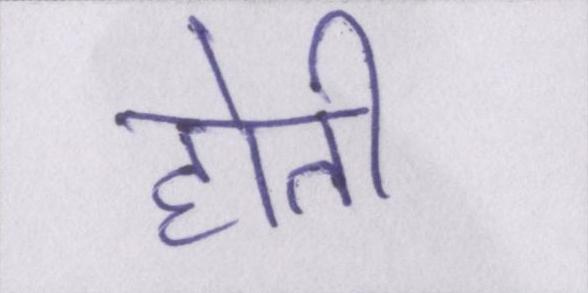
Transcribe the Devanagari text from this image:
होती